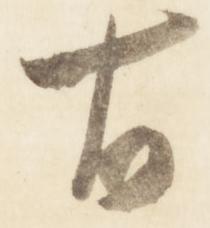
右